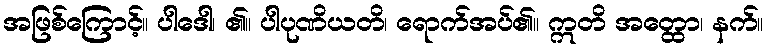
အဖြစ်ကြောင့်။ ပါဒေါ၊ ၏။ ပါပုဏိယတိ၊ ရောက်အပ်၏။ ဣတိ အတ္ထော၊ နက်။